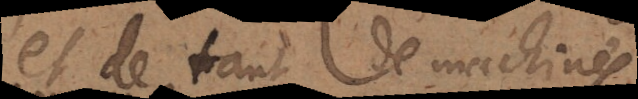
et de tant de machines